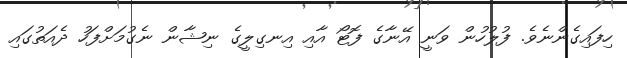
ހިފައިގެންނެވެ. ފުލުހުން ވަނީ އޭނާގެ ފޮޓޯ އާއި އިނގިލީގެ ނިޝާން ނެގުމަށްފަހު ދެއަތުގައި